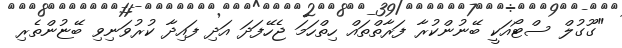
"ގޫގުލް ސްޓޯއަކީ ބޭނުންކުރާ ފަރާތްތައް ހިތްހަމަ ޖެހޭފަދަ އަދި ފައިދާ ކުރުވަނިވި ބޭޏުންތެރި